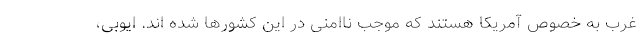
غرب به خصوص آمریکا هستند که موجب ناامنی در این کشورها شده اند. ایوبی،